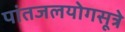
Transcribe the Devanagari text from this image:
पांतजलयोगसूत्रे